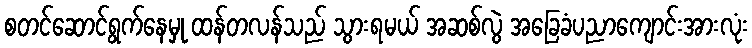
စတင်ဆောင်ရွက်နေမှု ထန်တလန်သည် သွားရမယ် အဆစ်လွဲ အခြေခံပညာကျောင်းအားလုံး